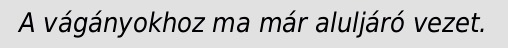
A vágányokhoz ma már aluljáró vezet.